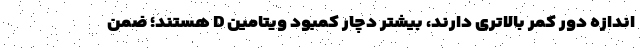
اندازه‌ دور کمر بالاتری دارند، بیشتر دچار کمبود ویتامین D هستند؛ ضمن